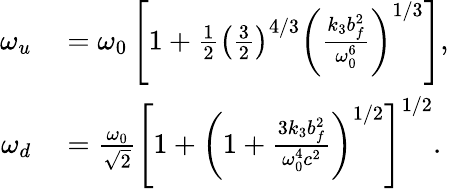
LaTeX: \begin{array}{rl}{\omega_{u}}&{{}=\omega_{0}\left[1+\frac{1}{2}\left(\frac{3}{2}\right)^{4/3}\left(\frac{k_{3}b_{f}^{2}}{\omega_{0}^{6}}\right)^{1/3}\right],}\\ {\omega_{d}}&{{}=\frac{\omega_{0}}{\sqrt{2}}\left[1+\left(1+\frac{3k_{3}b_{f}^{2}}{\omega_{0}^{4}c^{2}}\right)^{1/2}\right]^{1/2}.}\end{array}